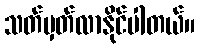
သတ်မှတ်လာနိုင်ပါတယ်။